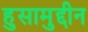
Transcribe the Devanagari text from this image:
हुसामुद्दीन